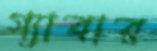
গ্যাবার